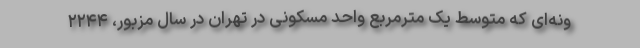
ونه‌ای که متوسط یک مترمربع واحد مسکونی در تهران در سال مزبور، ۲۲۴۴